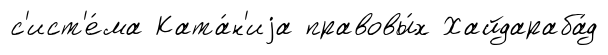
с'ист'е́ма Ката́н'иjа правовы́х Хайдараба́д